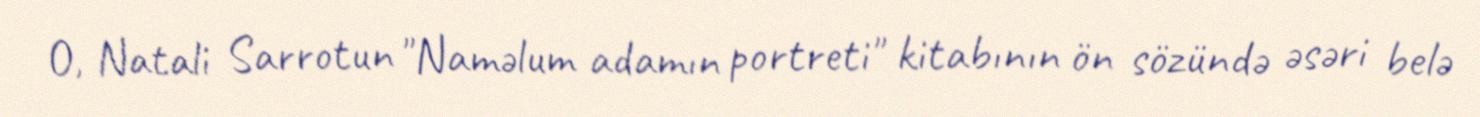
O, Natali Sarrotun "Naməlum adamın portreti" kitabının ön sözündə əsəri belə